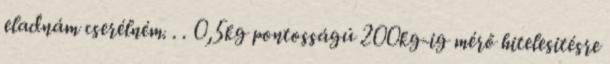
eladnám cserélném. . . 0,5kg pontosságú 200kg-ig mérő hitelesitésre